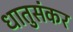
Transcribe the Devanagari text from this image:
धातुसंकर